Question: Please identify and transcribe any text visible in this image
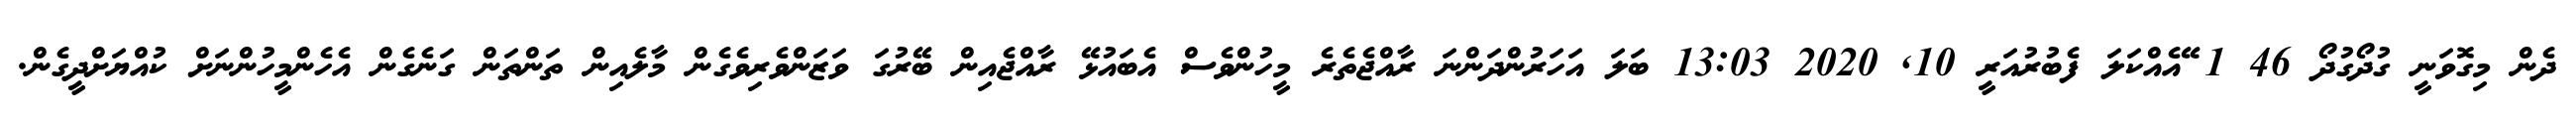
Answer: ދެން މިގޮވަނީ ގުދޯގުދޯ 46 1 ޭއެއްކަލަ ފެބުރުއަރީ 10, 2020 13:03 ބަލަ އަހަރުންދަންނަ ރާއްޖެތެރެ މީހުންވެސް އެބައުޅޭ ރާއްޖެއިން ބޭރުގަ ވަޒަންވެރިވެގެން މާލެއިން ތަންތަން ގަނެގެން އެހެންމީހުންނަށް ކުއްޔަށްދީގެން.